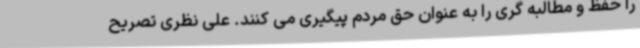
را حفظ و مطالبه گری را به عنوان حق مردم پیگیری می کنند. علی نظری تصریح